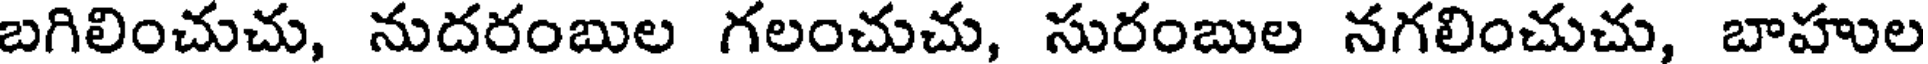
బగిలించుచు, నుదరంబుల గలంచుచు, సురంబుల నగలించుచు, బాహుల